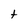
Character: t